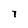
Character: 7